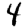
Digit: 4